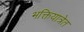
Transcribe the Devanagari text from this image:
भक्तियात्रेत